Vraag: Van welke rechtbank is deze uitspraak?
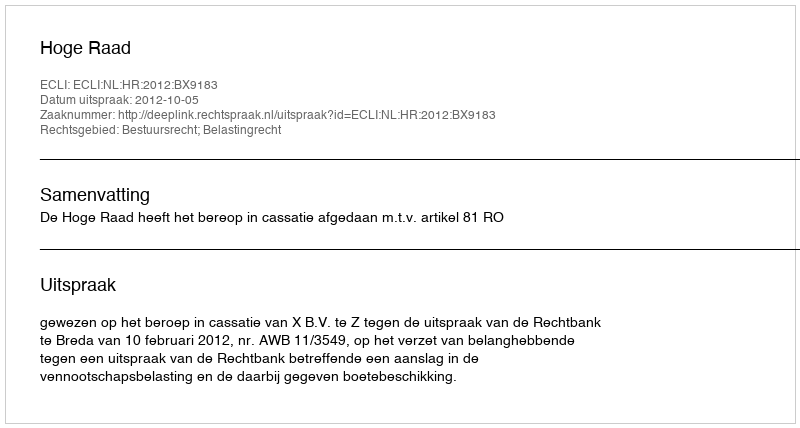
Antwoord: Hoge Raad